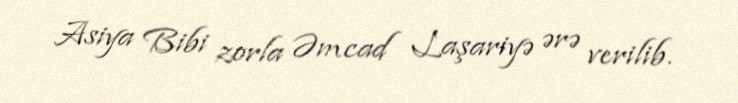
Asiya Bibi zorla Əmcad Laşariyə ərə verilib.